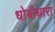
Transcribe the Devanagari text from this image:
धोबीधारा